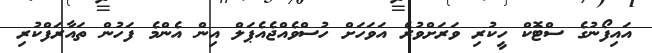
އައިފޯނުގެ ސްޓޮކް ހީކުރި ވަރަށްވުރެ އަވަހަށް ހުސްވެއްޖެއެޕަލް އިން އެންމެ ފަހުން ތައާރަފްކުރި